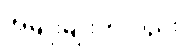
အမျိုးမျိုးကိုလည်း